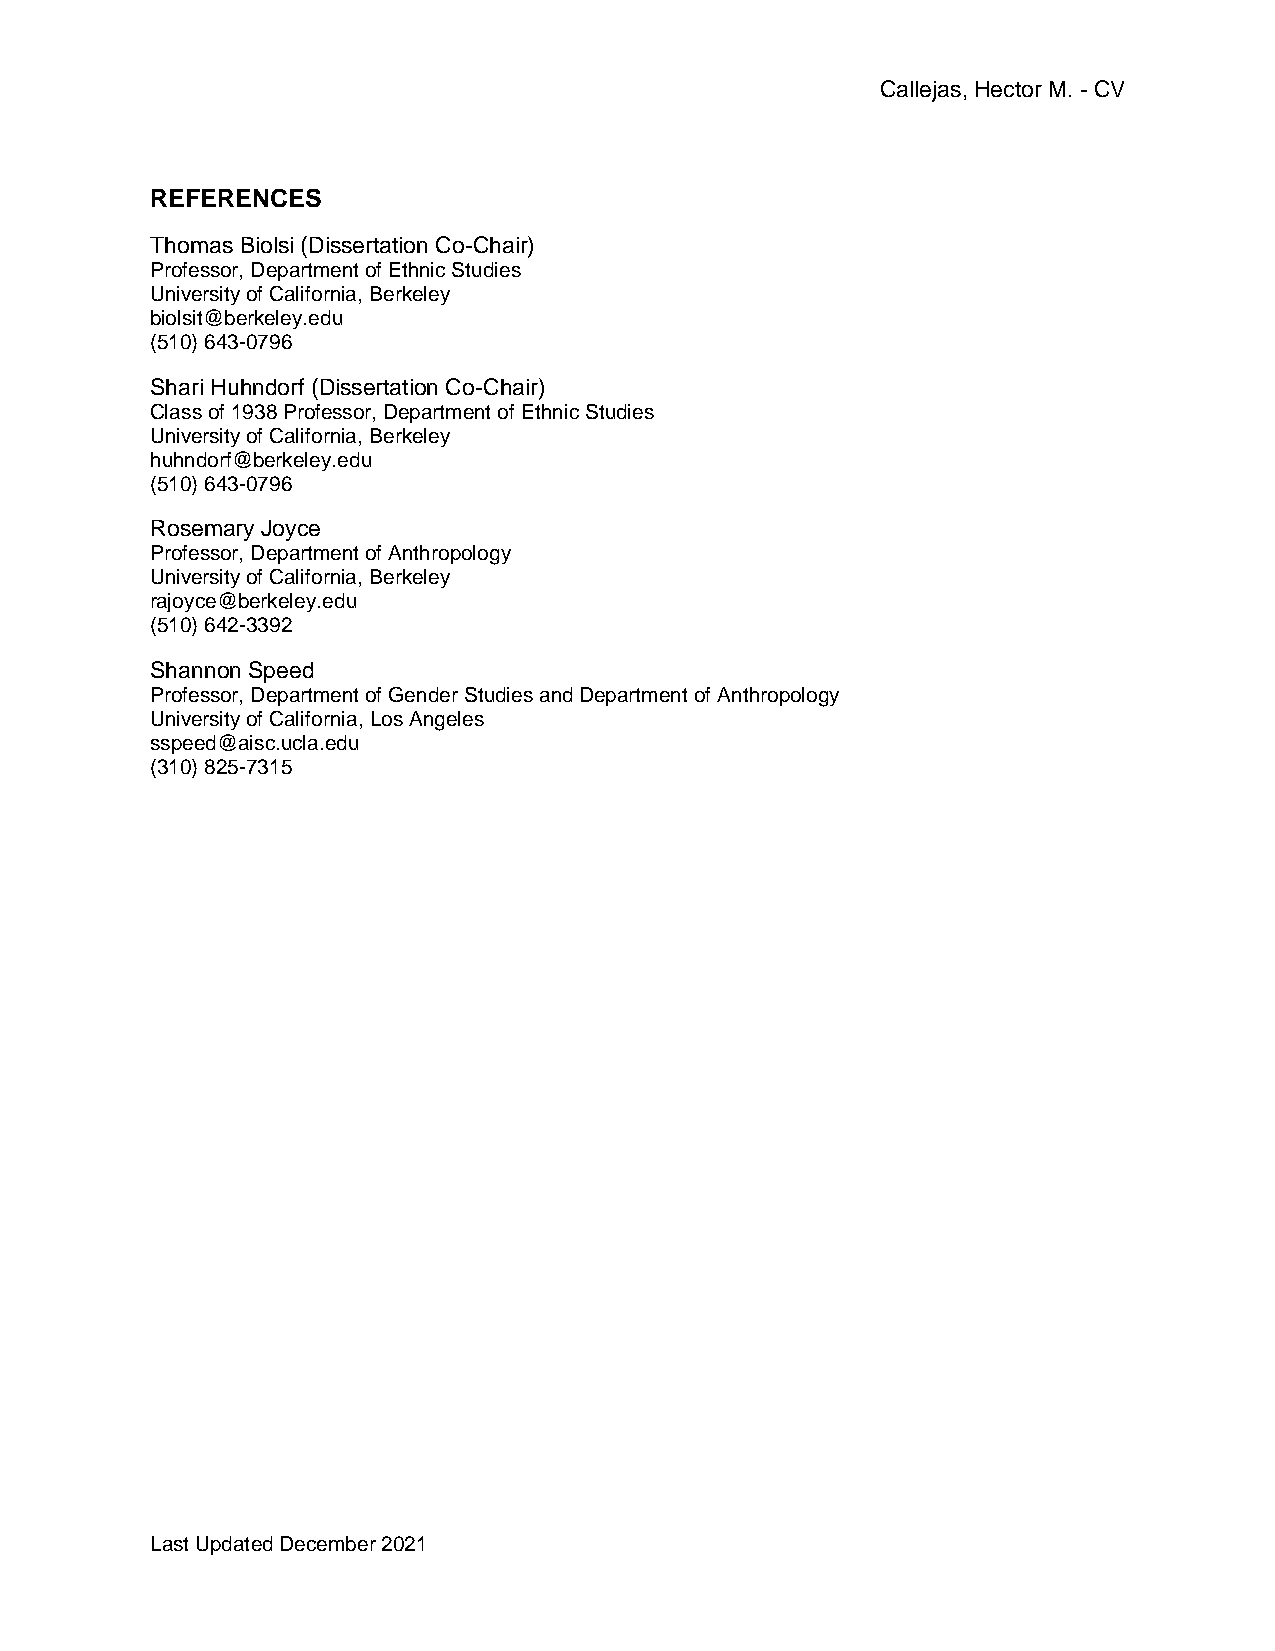
Callejas, Hector M. - CV
 REFERENCES
 Thomas Biolsi (Dissertation Co-Chair)
 Professor, Department of Ethnic Studies
 University of California, Berkeley
 biolsit@berkeley.edu
 (510) 643-0796
 Shari Huhndorf (Dissertation Co-Chair)
 Class of 1938 Professor, Department of Ethnic Studies
 University of California, Berkeley
 huhndorf@berkeley.edu
 (510) 643-0796
 Rosemary Joyce
 Professor, Department of Anthropology
 University of California, Berkeley
 rajoyce@berkeley.edu
 (510) 642-3392
 Shannon Speed
 Professor, Department of Gender Studies and Department of Anthropology
 University of California, Los Angeles
 sspeed@aisc.ucla.edu
 (310) 825-7315
 Last Updated December 2021